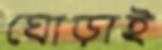
ঘোড়াই